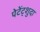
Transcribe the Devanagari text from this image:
पेटेंट्शुदा